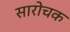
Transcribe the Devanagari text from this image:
सारोचक